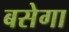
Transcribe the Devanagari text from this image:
बसेगा